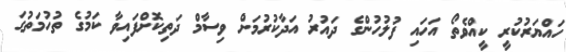
ހައްޔަރުކުރީ ކީއްވެތޯ އަހައި ފުލުހުންގެ ދައުރު އަދާކުރުމަށް ވިސާމް ދަތިކޮށްފައިވާ ކަމުގެ ތުހުމަތުގަ